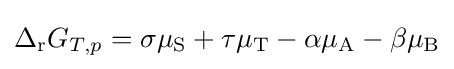
\Delta _{\mathrm {r} }G_{T,p}=\sigma \mu _{\mathrm {S} }+\tau \mu _{\mathrm {T} }-\alpha \mu _{\mathrm {A} }-\beta \mu _{\mathrm {B} }